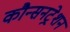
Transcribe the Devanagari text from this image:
कौन्सनट्रेशन